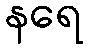
နရေ